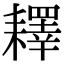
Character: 𦔥